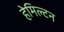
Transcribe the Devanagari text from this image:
हेमिल्‍टन